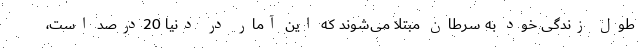
طول زندگی خود به سرطان مبتلا می‌شوند که این آمار در دنیا 20درصد است،